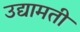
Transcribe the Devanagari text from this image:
उद्यामती